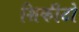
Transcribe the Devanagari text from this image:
शिकीटो